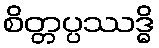
စိတ္တပ္ပဿဒ္ဓိ